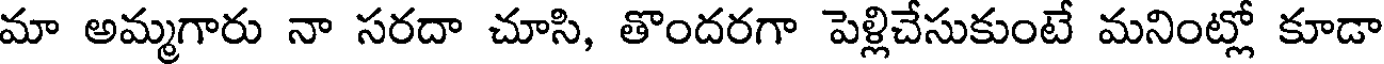
మా అమ్మగారు నా సరదా చూసి, తొందరగా పెళ్లిచేసుకుంటే మనింట్లో కూడా